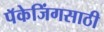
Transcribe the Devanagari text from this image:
पॅकेजिंगसाठी